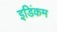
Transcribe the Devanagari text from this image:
इडिंकम